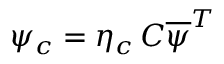
\psi _ { c } = \eta _ { c } \, C { \overline { { \psi } } } ^ { T }